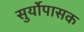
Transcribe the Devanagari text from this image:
सुर्योपासक